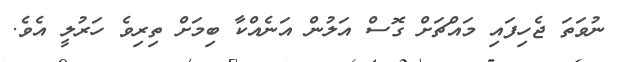
ނުވަތަ ޖެހިފައި މައްޗަށް ގޮސް އަލުން އަނެއްކާ ބިމަށް ތިރިވެ ހަރުލީ އެވެ.